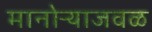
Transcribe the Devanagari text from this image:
मानोऱ्याजवळ